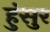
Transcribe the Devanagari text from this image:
हुंसुर